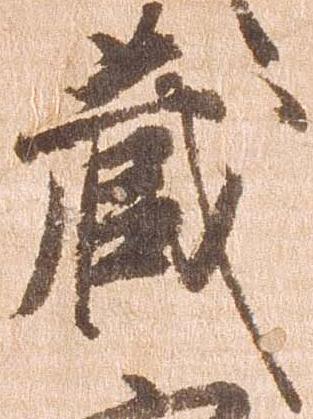
蔵